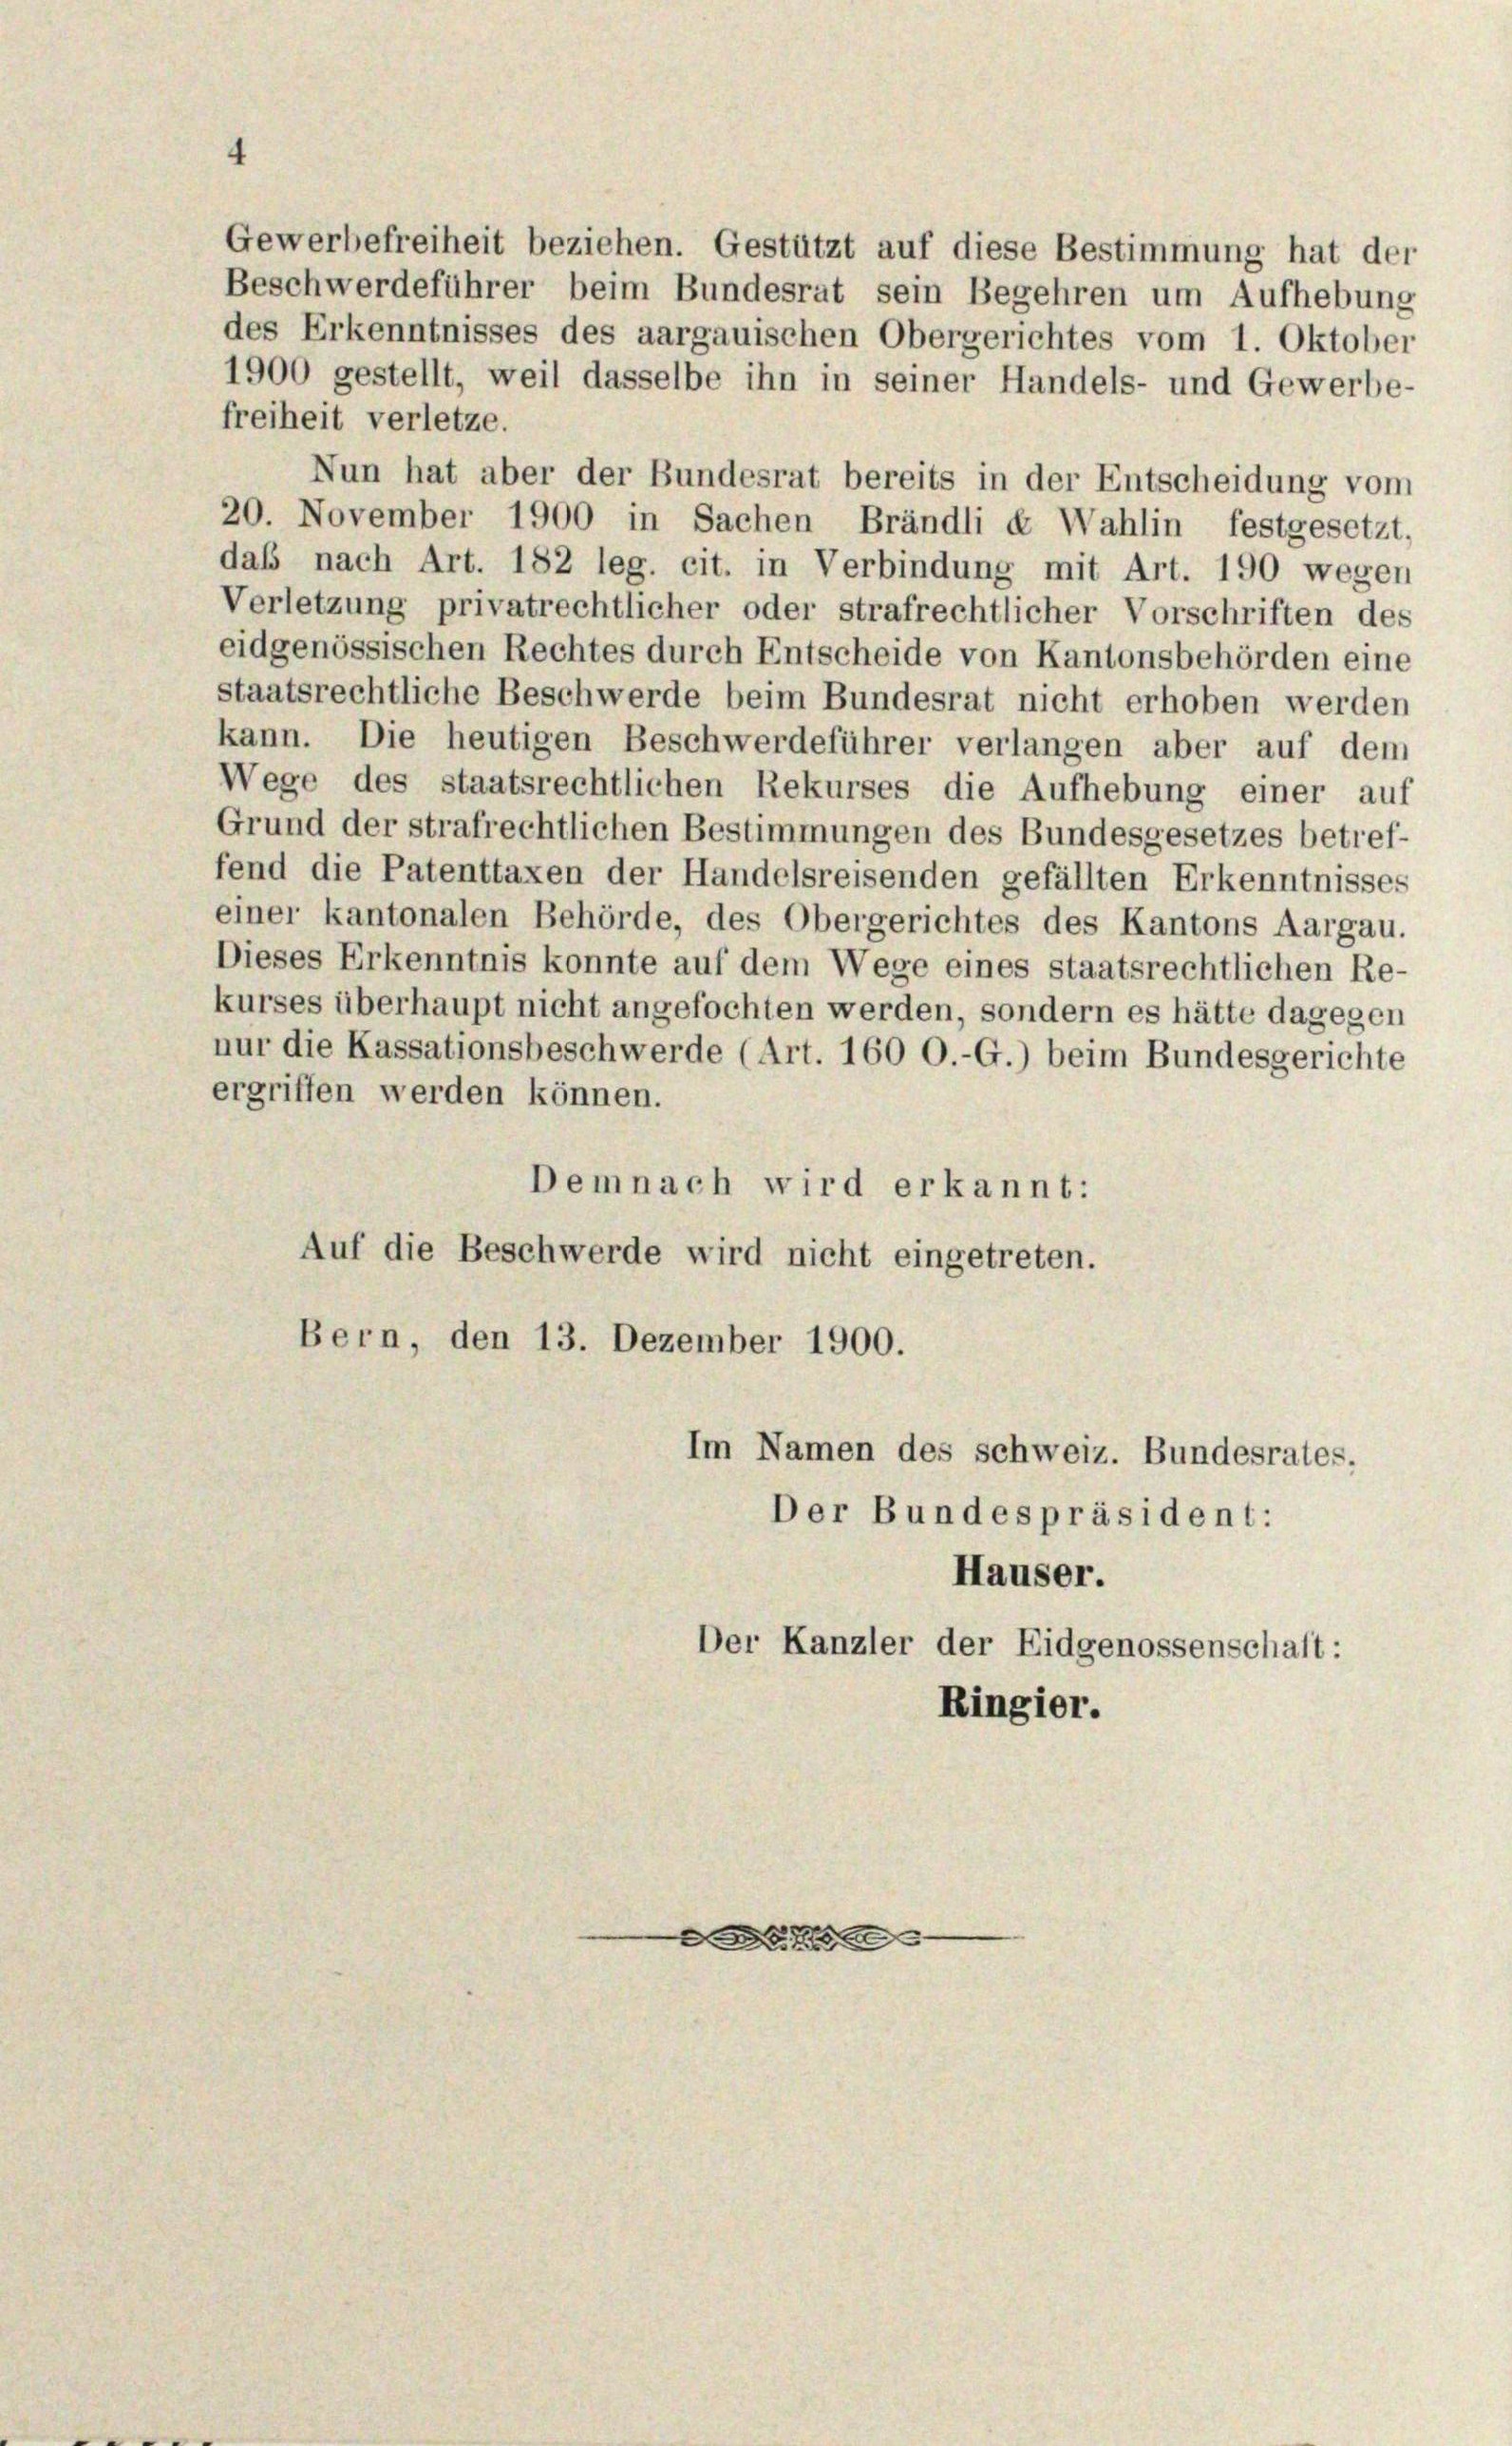
4
Gewerbefreiheit beziehen. Gestützt auf diese Bestimmung hat der
Beschwerdeführer beim Bundesrat sein Begehren um Aufhebung
des Erkenntnisses des aargauischen Obergerichtes vom 1. Oktober
1900 gestellt, weil dasselbe ihn in seiner Handels- und Gewerbe-
freiheit verletze.
Nun hat aber der Bundesrat bereits in der Entscheidung vom
20. November 1900 in Sachen Brändli e Wahlin festgesetzt.
daß nach Art. 182 leg. cit. in Verbindung mit Art. 190 wegen
Verletzung privatrechtlicher oder strafrechtlicher Vorschriften des
eidgenössischen Rechtes durch Entscheide von Kantonsbehörden eine
staatsrechtliche Beschwerde beim Bundesrat nicht erhoben werden
kann. Die heutigen Beschwerdeführer verlangen aber auf dem
Wege des staatsrechtlichen Rekurses die Aufhebung einer auf
Grund der strafrechtlichen Bestimmungen des Bundesgesetzes betref-
fend die Patenttaxen der Handelsreisenden gefällten Erkenntnisses
einer kantonalen Behörde, des Obergerichtes des Kantons Aargau.
Dieses Erkenntnis konnte auf dem Wege eines staatsrechtlichen Re-
kurses überhaupt nicht angefochten werden, sondern es hätte dagegen

nur die Kassationsbeschwerde (Art. 160 O.-G.) beim Bundesgerichte
ergriffen werden können.
Demnach wird erkannt:
Auf die Beschwerde wird nicht eingetreten.
Bern, den 13. Dezember 1900.
Im Namen des schweiz. Bundesrates.
Der Bundespräsident:
Häuser.
Der Kanzler der Eidgenossenschaft:
Ringier.